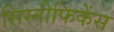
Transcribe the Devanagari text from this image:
सिग्नीफिकेंस